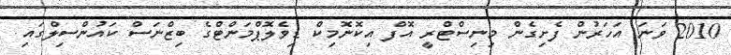
2010 ވަނަ އަހަރުން ފެށިގެން މިނިސްޓްރީ އޮފް އިކޮނޮމިކް ޑިވެލޮޕްމަންޓްގެ ބިޒްނަސް ކައުންސިލްގައި